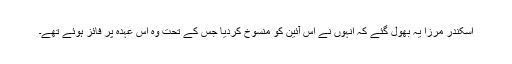
اسکندر مرزا یہ بھول گئے کہ انہوں نے اس آئین کو منسوخ کردیا جس کے تحت وہ اس عہدہ پر فائز ہوئے تھے۔